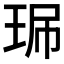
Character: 𤥈